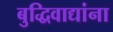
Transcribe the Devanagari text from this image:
बुद्धिवाद्यांना